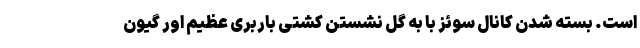
است. بسته شدن کانال سوئز با به گل نشستن کشتی باربری عظیم اور گیون